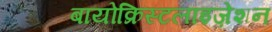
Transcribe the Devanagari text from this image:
बायोक्रिस्टलाइज़ेशन